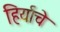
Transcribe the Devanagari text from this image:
हिर्याचे